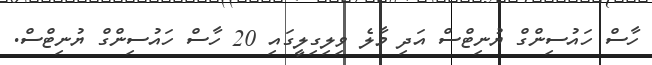
ހާސް ހައުސިންގް ޔުނިޓްސް އަދި މާލެ ވިލިގިލީގައި 20 ހާސް ހައުސިންގް ޔުނިޓްސް.